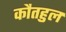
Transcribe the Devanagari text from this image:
कौतहुल